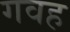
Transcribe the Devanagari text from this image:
गवह